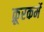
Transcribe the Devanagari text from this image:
क्रूरकर्मे